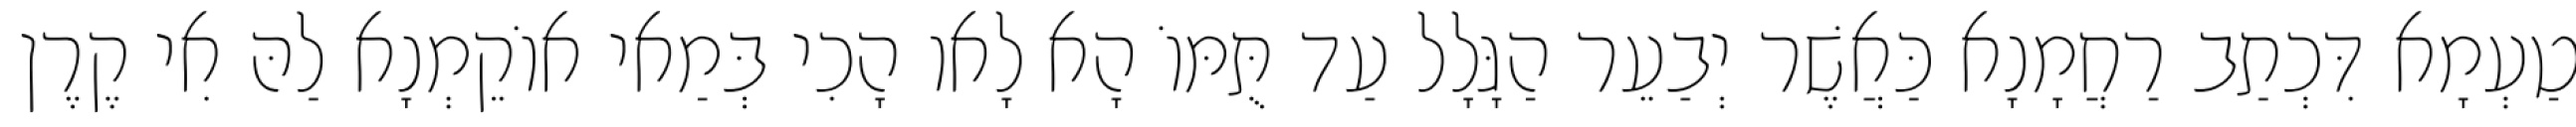
טַעְמָא דִּכְתַב רַחֲמָנָא כַּאֲשֶׁר יְבַעֵר הַגָּלָל עַד תֻּמּוֹ הָא לָאו הָכִי בְּמַאי אוֹקֵמְנָא לַהּ אִי קֶרֶן